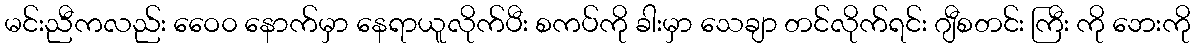
မင်းညီကလည်း ဝေေ၀ နောက်မှာ နေရာယူလိုက်ပီး စကပ်ကို ခါးမှာ သေချာ တင်လိုက်ရင်း ဂျီစတင်း ကြီး ကို ဘေးကို